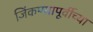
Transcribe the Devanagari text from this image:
जिंकण्यापूर्वीच्या